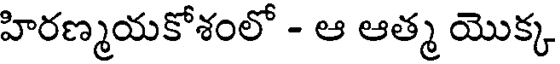
హిరణ్మయకోశంలో - ఆ ఆత్మ యొక్క